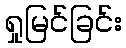
ရှုမြင်ခြင်း